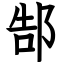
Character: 郜